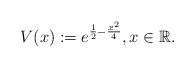
LaTeX: \begin{align*}V(x) := e^{\frac{1}{2} - \frac{x^2}{4}}, x \in \mathbb{R}.\end{align*}